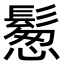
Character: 𩮀